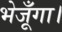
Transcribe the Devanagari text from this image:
भेजूँगा।